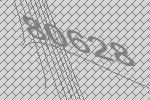
80628